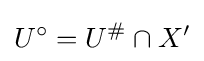
U^{\circ }=U^{\#}\cap X^{\prime }